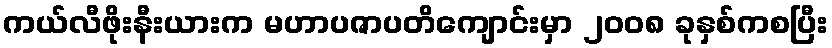
ကယ်လီဖိုးနီးယားက မဟာပဇာပတိကျောင်းမှာ ၂၀၀၈ ခုနှစ်ကစပြီး